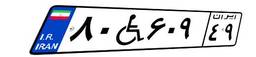
۸۰W۶۰۹۴۹